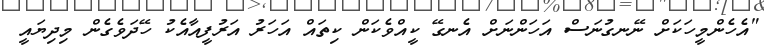
"އެހެންމީހަކަށް ނޭނގުނަސް އަހަންނަށް އެނގޭ ކީއްވެކަން ކިތައް އަހަރު އަރުފީއާއެކު ހޭދަވެގެން މިދިޔައީ